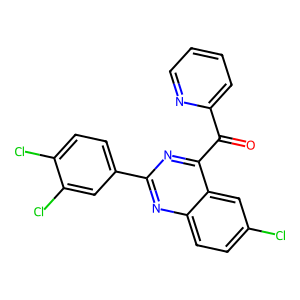
SMILES: O=C(c1ccccn1)c1nc(-c2ccc(Cl)c(Cl)c2)nc2ccc(Cl)cc12
Inhibits HIV replication: No